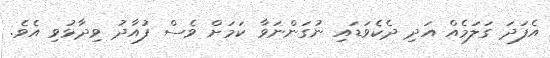
އެފަދަ ގަލަމެއް އަދި ދެކެވަޑައި ނުގަންނަވާ ކަމަށް ވެސް ފުއާދު ވިދާޅުވި އެވެ.